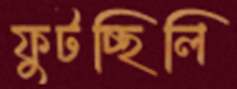
ফুটচ্ছিলি